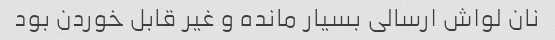
نان لواش ارسالی بسیار مانده و غیر قابل خوردن بود